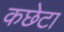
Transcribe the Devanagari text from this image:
कछेटा